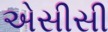
એસીસી